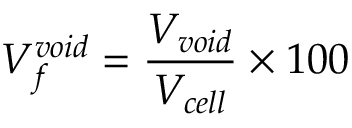
V _ { f } ^ { v o i d } = \frac { V _ { v o i d } } { V _ { c e l l } } \times 1 0 0